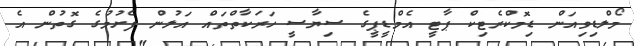
މޯލްޑިވިއަން ޑިމޮކްރެޓިކް ޕާޓީ އެމްޑީޕީގެ ސިޔާސީ ހަރަކާތްތައް އަލުން ފެށުމުގެ ގޮތުން އެ